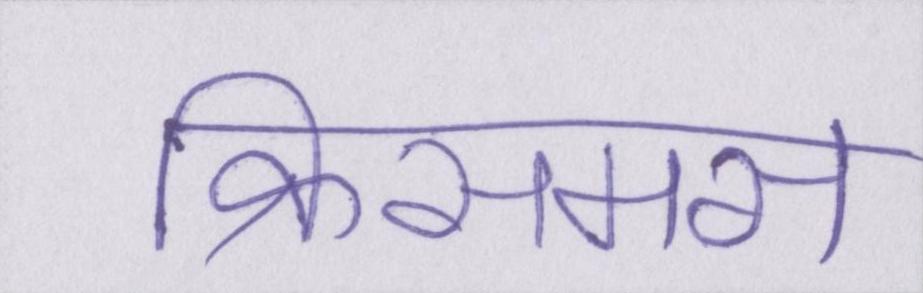
क्रिसमस